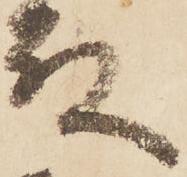
殿